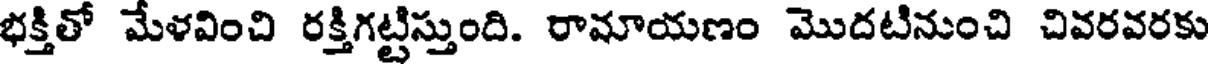
భక్తితో మేళవించి రక్తిగట్టిస్తుంది. రామాయణం మొదటినుంచి చివరవరకు